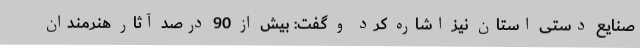
صنایع دستی استان نیز اشاره کرد و گفت: بیش از 90 درصد آثار هنرمندان